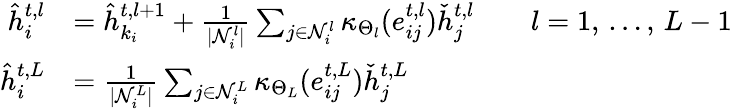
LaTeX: \begin{array}{rl}{\hat{h}_{i}^{t,l}}&{=\hat{h}_{k_{i}}^{t,l+1}+\frac{1}{|\mathcal{N}_{i}^{l}|}\sum_{j\in\mathcal{N}_{i}^{l}}\kappa_{\Theta_{l}}(e_{ij}^{t,l})\check{h}_{j}^{t,l}\qquad l=1,\, \dots,\, L-1}\\ {\hat{h}_{i}^{t,L}}&{=\frac{1}{|\mathcal{N}_{i}^{L}|}\sum_{j\in\mathcal{N}_{i}^{L}}\kappa_{\Theta_{L}}(e_{ij}^{t,L})\check{h}_{j}^{t,L}}\end{array}